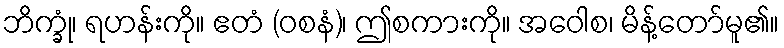
ဘိက္ခုံ၊ ရဟန်းကို။ ဧတံ (ဝစနံ)၊ ဤစကားကို။ အဝေါစ၊ မိန့်တော်မူ၏။